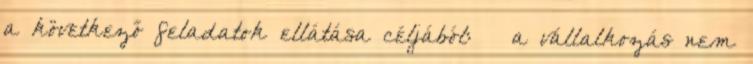
a következő feladatok ellátása céljából: – a vállalkozás nem